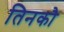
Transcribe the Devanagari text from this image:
तिनकौ